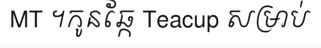
MT ។កូនឆ្កែ Teacup សម្រាប់